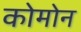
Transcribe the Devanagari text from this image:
कोमोन